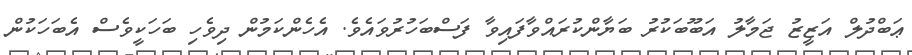
ޢަބްދުލް އަޒީޒު ޖަމާލު އަބޫބަކުރު ބަޔާންކުރައްވާފައިވާ ފަސްބަހުރުވައެވެ. އެހެންކަމުން ދިވެހި ބަހަކީވެސް އެބަހަކުން